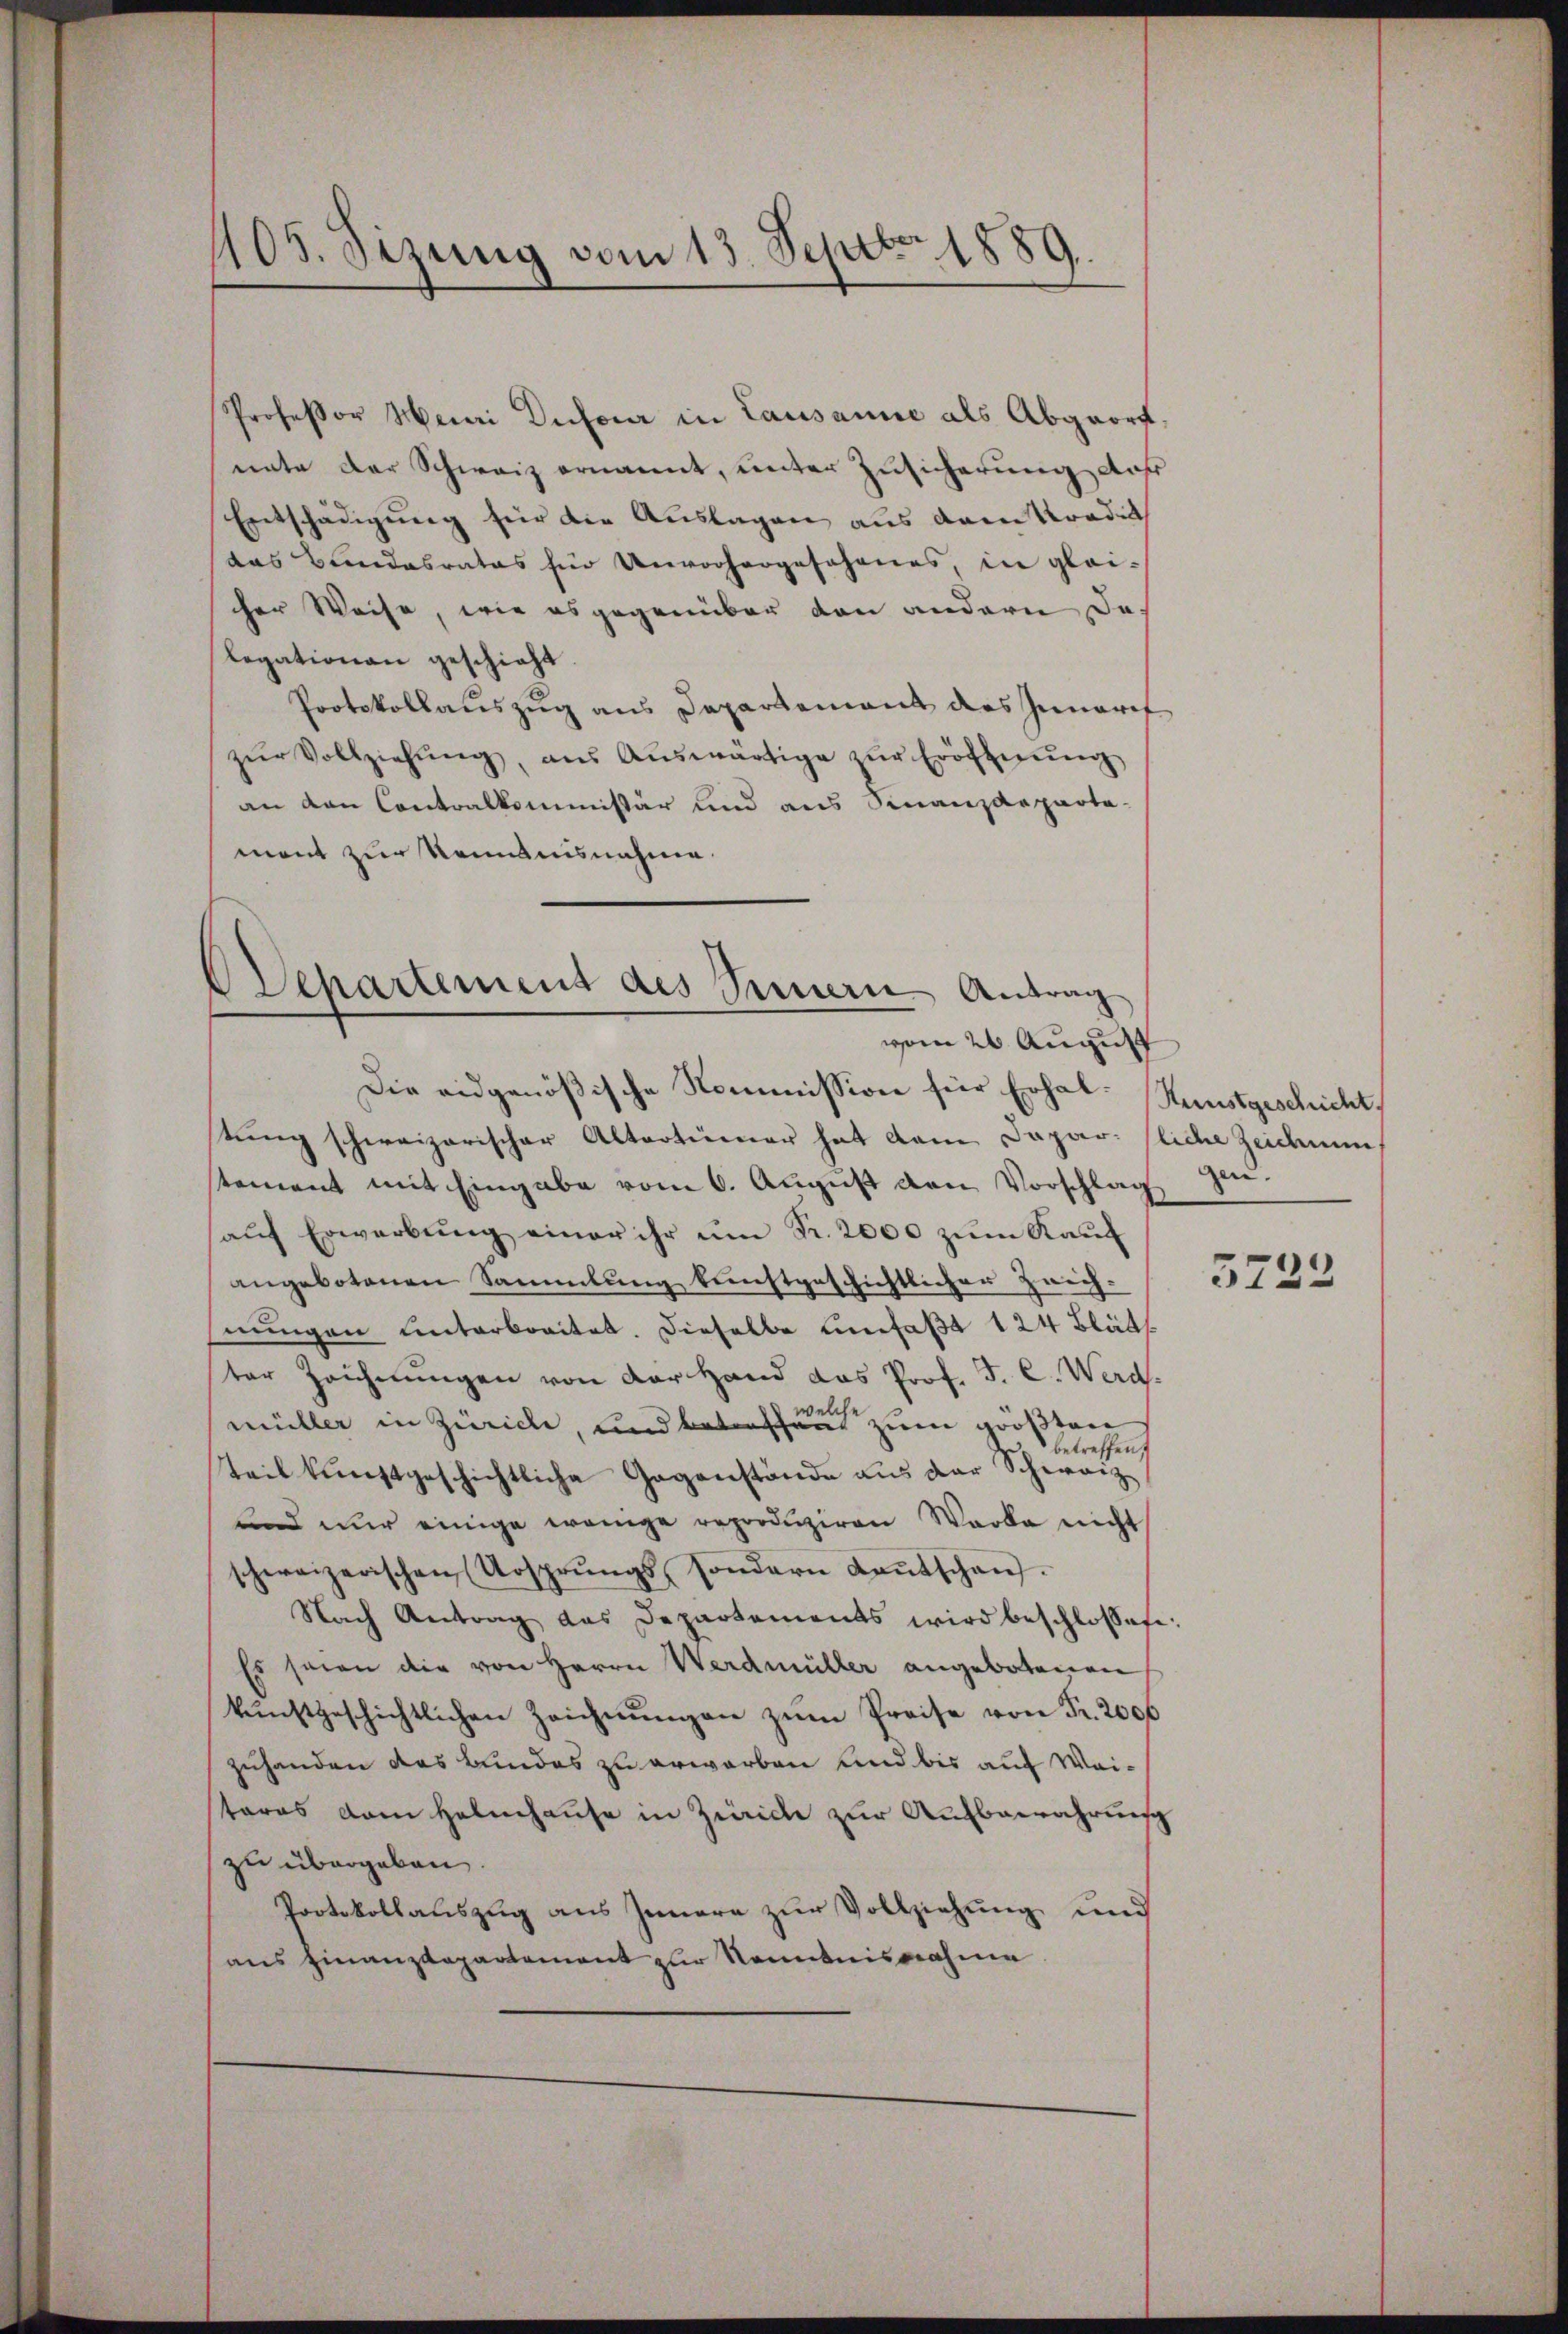
105. Sizung vom 13. Septbr. 1889.

Professor Muri Dufour in Lausanne als Abgeort.
nate der Schweiz ernannt, unter Zusicherung aus
Entschädigung für die Auslagen aus dem Kondit
das Bundesrates für Unvorhergesehenes, in glei-
her Weise, wie es gegenüber den andern, da
Legationen geschieht.
Protokollauszug aus Departement des Innerif
zŭr Vollziehŭng, aus Aŭswärtige zŭr Eröffnŭng
an den Contralkommissär und aus Finanzdeparta-
ment zur Romanisnahme
stung schweizerischer Altertümer hat dem Dapar- fliche Zeicium
stement mit Eingabe vom 6. August den Vorschlag zu
aŭf Erwerbŭng einer ihr ŭm Fr. 2000 zŭm Kaŭf
angebotenen Sammlung kunstgeschichtlicher Zeich-
nungen unterbreitet. Dieselbe umfaßt 124 Blätt
ter Zeichnŭngen von der Hand das Prof. J. C. Werdwelche
müller in Zürich, und betreffen zum größten
betreffen,
Teil kunstgeschichtliche Gegenstände aus der Schweiz
und nur einige wenige reproduziren Werke nicht
schweizerischen Ursprŭngs- sondern Kantschan.
Nach Antrag das Departements wird beschlossen
Es seien die von Herrn Werdmüller angebotenen
kŭnstgeschichtlichen Zeichnŭngen zŭm Preise von Fr. 2000
zuhanden das Bundes zu erworben und bis auf Waistares vom Helenhause in Zürich zur Aufbewahrung
zu übergeben.
Protokollauszug aus Innern zur Vollziehung und
aus Finanzdepartement zur Kenntnisnahme

Separtement des Innern Antrag
vom 20 August
Die eidgenößische Kommission für Erhal¬

Kunstgeschicht.

5723